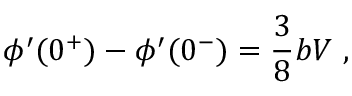
\phi ^ { \prime } ( 0 ^ { + } ) - \phi ^ { \prime } ( 0 ^ { - } ) = \frac { 3 } { 8 } b V ~ ,